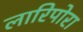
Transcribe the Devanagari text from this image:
लारिपोरा